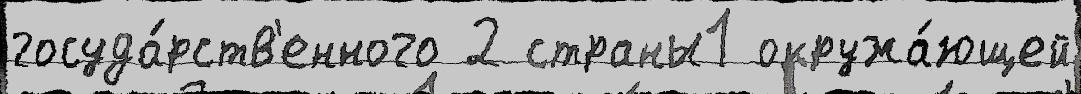
госуда́рств'енного 2 страны1 окружа́ющей